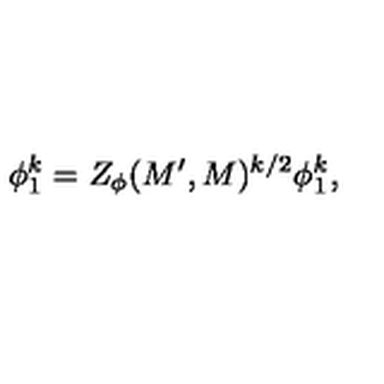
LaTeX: \phi _ { 1 } ^ { k } = Z _ { \phi } ( M ^ { \prime } , M ) ^ { k / 2 } \phi _ { 1 } ^ { k } ,